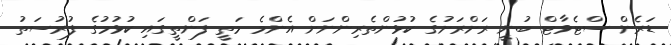
ޑަރެން ސްޓެވާޓް ބުނީ ރަށްރަށުގެ ކުޅުންތެރިންނަށް އެންމެ މަތީ ފަންތީގައި ކުޅުމުގެ ފުރުސަތު